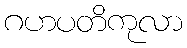
ဂဟပတိကုလာ